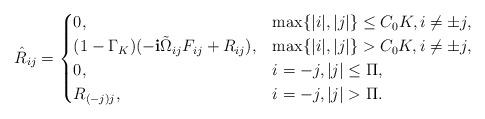
LaTeX: \begin{align*}\hat{R}_{ij}=\begin{cases}0,&\max\{|i|,|j|\}\leq C_0K,i\neq \pm j,\\(1-\Gamma_K)(-\mathbf{i}\tilde{\Omega}_{ij}F_{ij}+R_{ij}),& \max\{|i|,|j|\}>C_0K,i\neq \pm j,\\0,&i=-j,|j|\leq\Pi,\\R_{(-j)j},& i=-j,|j|>\Pi.\end{cases}\end{align*}